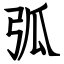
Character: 弧